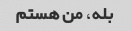
بله، من هستم